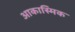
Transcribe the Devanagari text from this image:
आकास्मिक